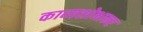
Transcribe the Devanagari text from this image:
काव्यशोभाकर